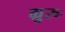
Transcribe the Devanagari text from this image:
ग्रुरु